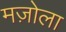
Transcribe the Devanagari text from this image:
मज़ोला